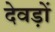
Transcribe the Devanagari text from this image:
देवड़ों